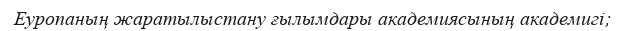
Еуропаның жаратылыстану ғылымдары академиясының академигі;